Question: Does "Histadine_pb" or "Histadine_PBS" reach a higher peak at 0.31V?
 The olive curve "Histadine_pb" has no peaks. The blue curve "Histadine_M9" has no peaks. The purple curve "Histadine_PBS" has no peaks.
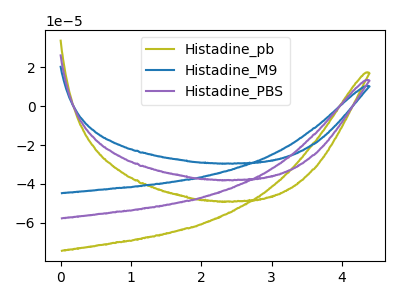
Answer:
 <answer>"Histadine_pb" and "Histadine_PBS" dont share a peak at 0.31V.</answer>
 <eval>mismatch</eval>